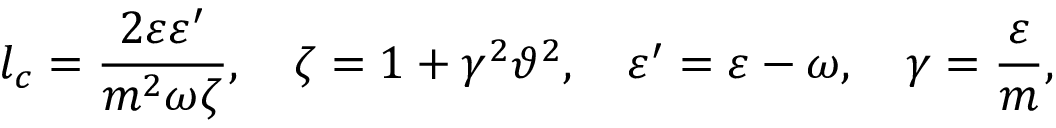
l _ { c } = \frac { 2 \varepsilon \varepsilon ^ { \prime } } { m ^ { 2 } \omega \zeta } , \quad \zeta = 1 + \gamma ^ { 2 } \vartheta ^ { 2 } , \quad \varepsilon ^ { \prime } = \varepsilon - \omega , \quad \gamma = \frac { \varepsilon } { m } ,